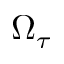
\Omega _ { \tau }